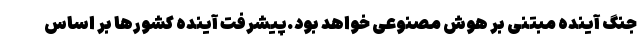
جنگ آینده مبتنی بر هوش مصنوعی خواهد بود.پیشرفت آینده کشورها بر اساس